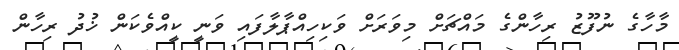
މާހާގެ ނުފޫޒު ރިހާންގެ މައްޗަށް މިވަރަށް ވަކިހިއްޕާލާފައި ވަނީ ކީއްވެކަން ޚުދު ރިހާން